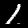
Digit: 1